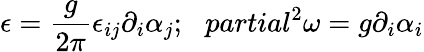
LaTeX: \epsilon=\frac{g}{2\pi}\epsilon_{ij}\partial_{i}\alpha_{j};\ \ \, partial^{2}\omega=g\partial_{i}\alpha_{i}